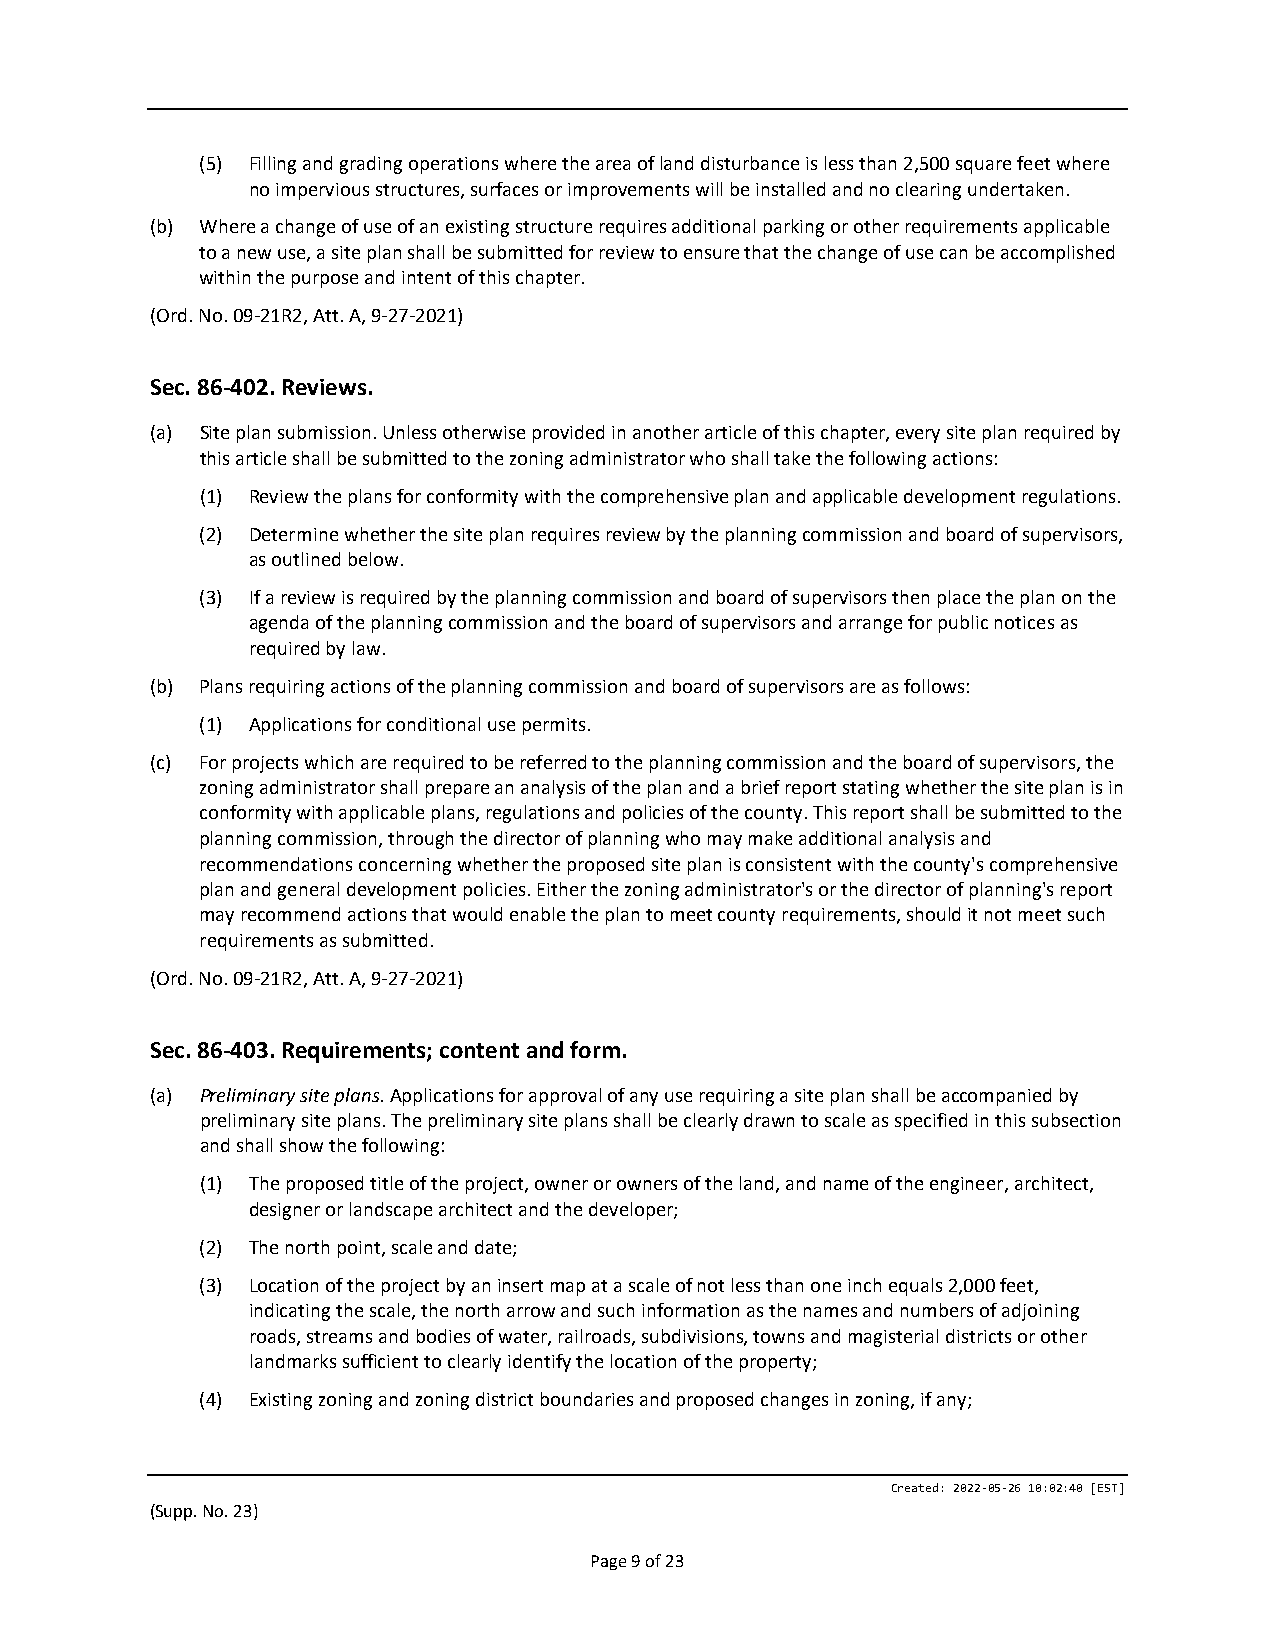
(5) Filling and grading operations where the area of land disturbance is less than 2,500 square feet where
 no impervious structures, surfaces or improvements will be installed and no clearing undertaken.
 (b) Where a change of use of an existing structure requires additional parking or other requirements applicable
 to a new use, a site plan shall be submitted for review to ensure that the change of use can be accomplished
 within the purpose and intent of this chapter.
 (Ord. No. 09-21R2, Att. A, 9-27-2021)
 Sec. 86-402. Reviews.
 (a) Site plan submission. Unless otherwise provided in another article of this chapter, every site plan required by
 this article shall be submitted to the zoning administrator who shall take the following actions:
 (1) Review the plans for conformity with the comprehensive plan and applicable development regulations.
 (2) Determine whether the site plan requires review by the planning commission and board of supervisors,
 as outlined below.
 (3) If a review is required by the planning commission and board of supervisors then place the plan on the
 agenda of the planning commission and the board of supervisors and arrange for public notices as
 required by law.
 (b) Plans requiring actions of the planning commission and board of supervisors are as follows:
 (1) Applications for conditional use permits.
 (c) For projects which are required to be referred to the planning commission and the board of supervisors, the
 zoning administrator shall prepare an analysis of the plan and a brief report stating whether the site plan is in
 conformity with applicable plans, regulations and policies of the county. This report shall be submitted to the
 planning commission, through the director of planning who may make additional analysis and
 recommendations concerning whether the proposed site plan is consistent with the county's comprehensive
 plan and general development policies. Either the zoning administrator's or the director of planning's report
 may recommend actions that would enable the plan to meet county requirements, should it not meet such
 requirements as submitted.
 (Ord. No. 09-21R2, Att. A, 9-27-2021)
 Sec. 86-403. Requirements; content and form.
 (a) Preliminary site plans. Applications for approval of any use requiring a site plan shall be accompanied by
 preliminary site plans. The preliminary site plans shall be clearly drawn to scale as specified in this subsection
 and shall show the following:
 (1) The proposed title of the project, owner or owners of the land, and name of the engineer, architect,
 designer or landscape architect and the developer;
 (2) The north point, scale and date;
 (3) Location of the project by an insert map at a scale of not less than one inch equals 2,000 feet,
 indicating the scale, the north arrow and such information as the names and numbers of adjoining
 roads, streams and bodies of water, railroads, subdivisions, towns and magisterial districts or other
 landmarks sufficient to clearly identify the location of the property;
 (4) Existing zoning and zoning district boundaries and proposed changes in zoning, if any;
 Created: 2022-05-26 10:02:40 [EST]
 (Supp. No. 23)
 Page 9 of 23